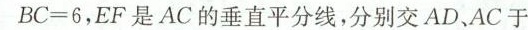
$$B C = 6$$，EF是AC的垂直平分线，分别交AD、AC于